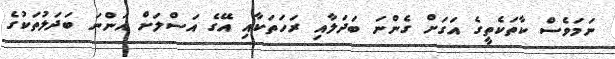
ނަމަވެސް ކާތަކެތީގެ އަގަށް ގެންނަ ބަދަލާއި ރަހަތަކާއި އޭގެ އަސްލަށް އަންނަ ބަދަލުތަކުގެ